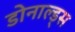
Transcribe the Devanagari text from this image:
डोनाल्ड्स